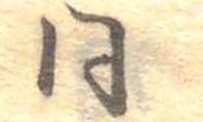
同